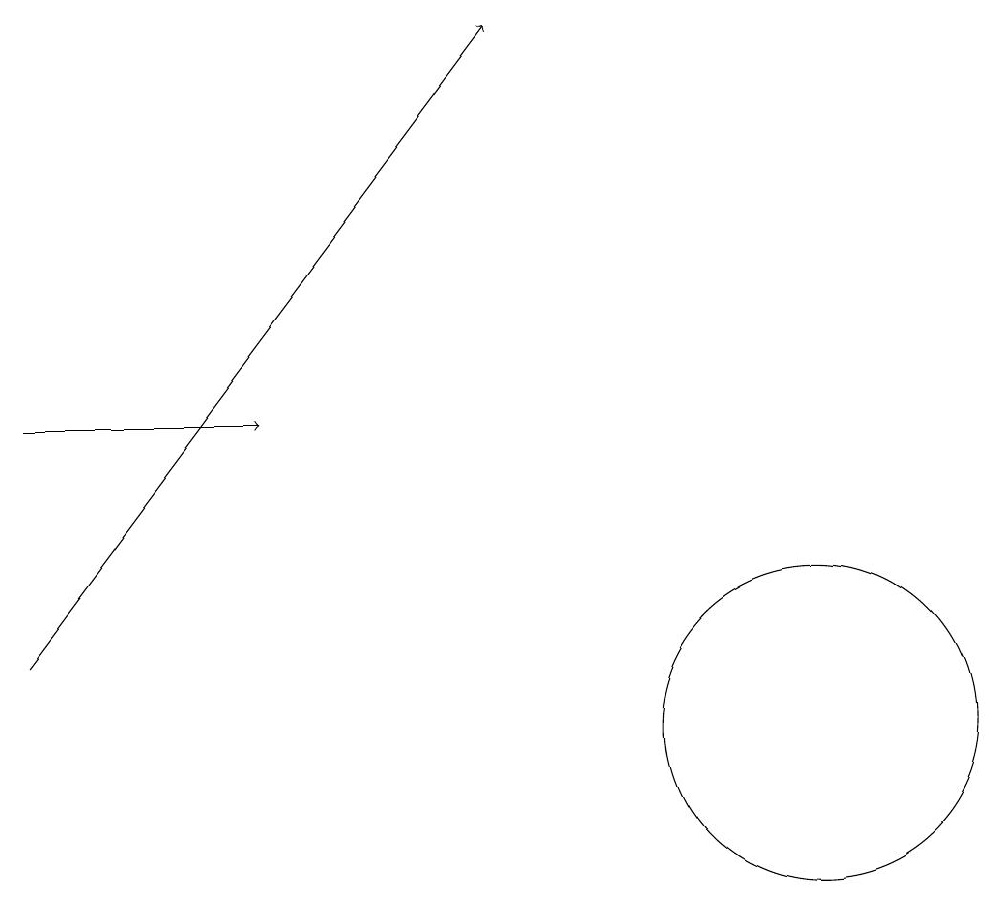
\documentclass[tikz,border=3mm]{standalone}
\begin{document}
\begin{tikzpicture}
\draw[->] (0,14) -- (3,14);
\draw (10,10) circle (2);
\draw[->] (0,11) -- (6,19);
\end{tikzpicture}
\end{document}